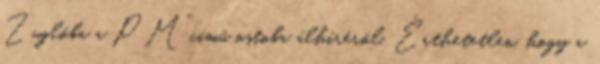
Zuglóba a PM” című ostoba álhíréről. Érthetetlen, hogy a